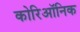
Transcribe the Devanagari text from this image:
कोरिऑनिक